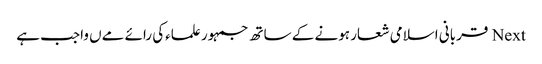
Next قربانی اسلامی شعار ہونے کے ساتھ جمہور علماءکی رائے مےں واجب ہے